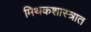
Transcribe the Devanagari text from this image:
मिथकशास्त्रात